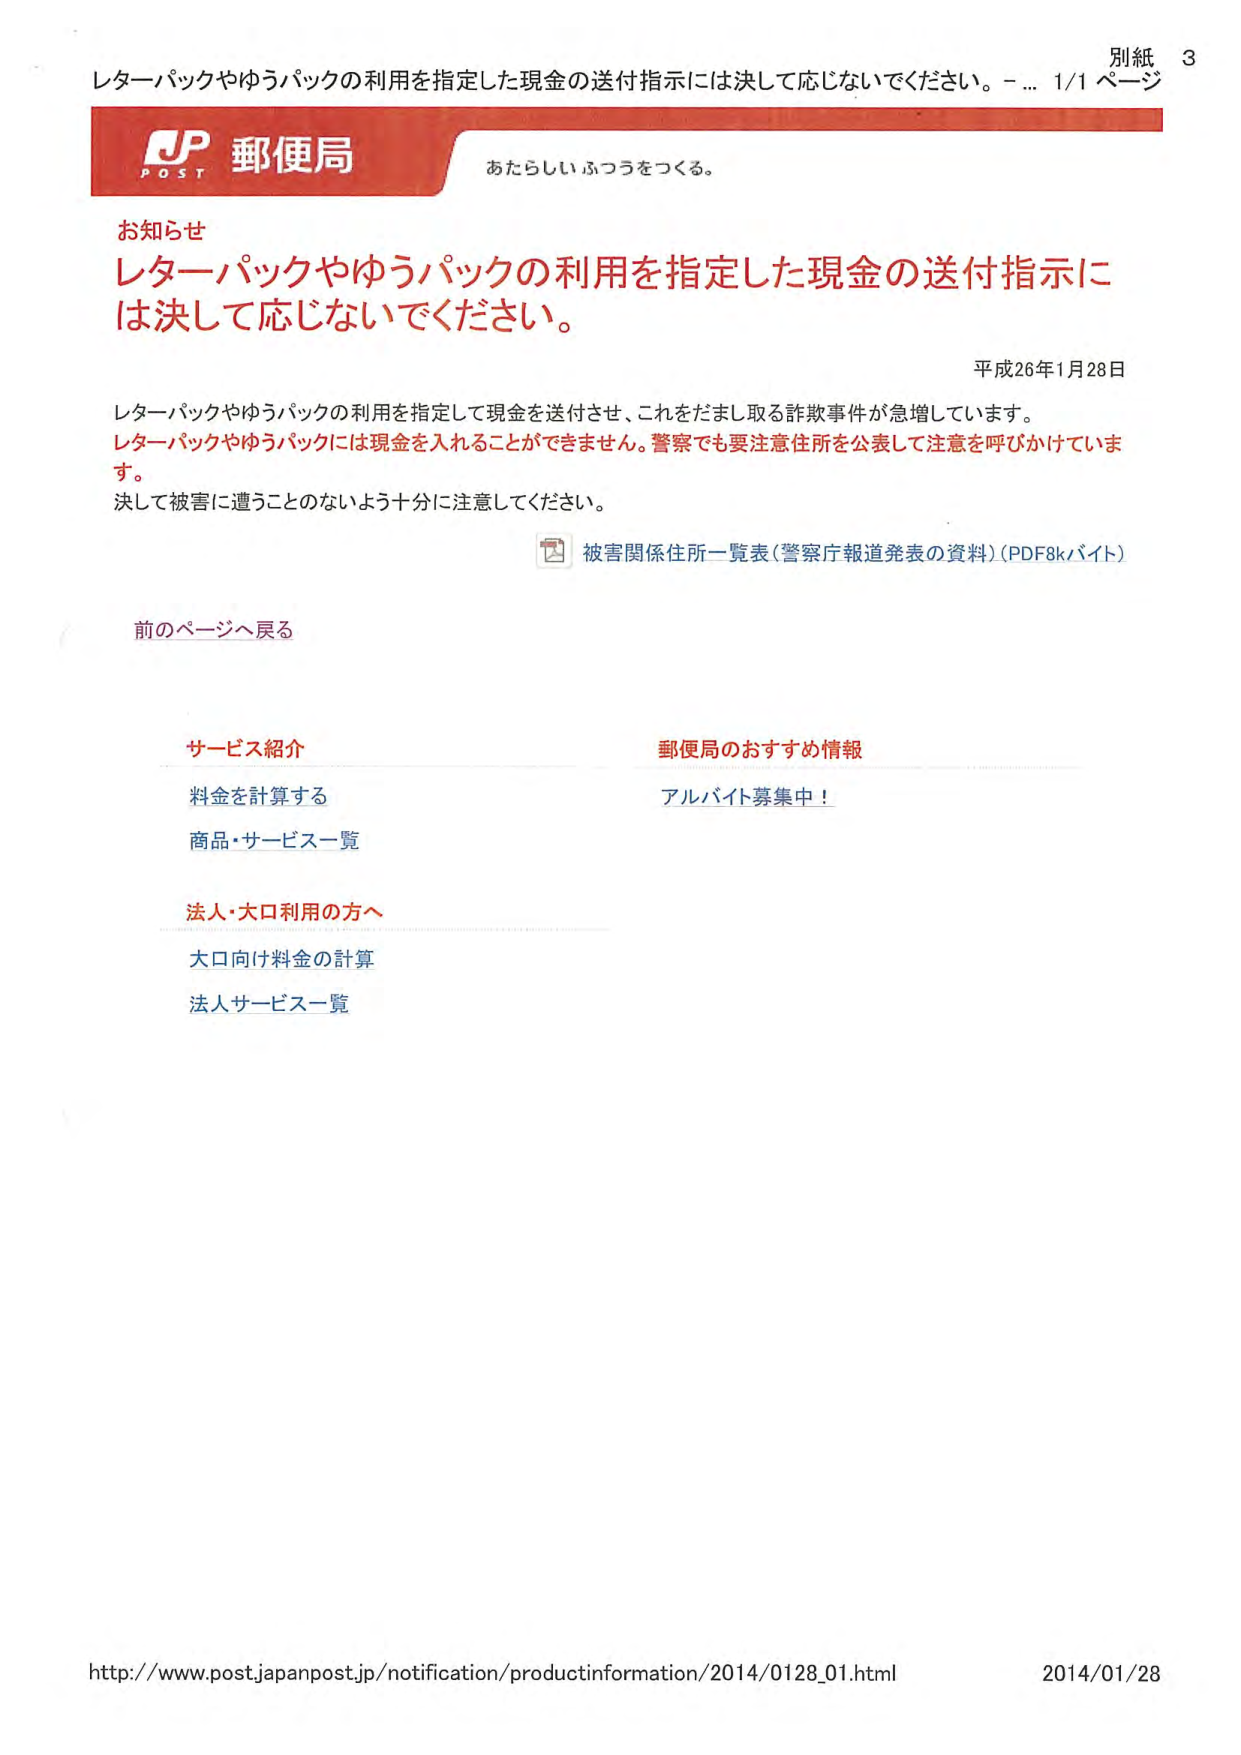
別紙 3
レターパックやゆうパックの利用を指定した現金の送付指示には決して応じないでください。 -... 1/1 ページ

JP
POST 郵便局
あたらしいふつうをつくる。

お知らせ
レターパックやゆうパックの利用を指定した現金の送付指示には決して応じないでください。

平成26年1月28日

レターパックやゆうパックの利用を指定して現金を送付させ、これをだまし取る詐欺事件が急増しています。
レターパックやゆうパックには現金を入れることはできません。警察でも要注意住所を公表して注意を呼びかけています。
決して被害に遭うことのないよう十分に注意してください。

被害関係住所一覧表（警察庁報道発表の資料）（PDF8kバイト）

前のページへ戻る

サービス紹介
料金を計算する
商品・サービス一覧

法人・大口利用の方へ
大口向け料金の計算
法人サービス一覧

郵便局のおすすめ情報
アルバイト募集中！

http://www.post.japanpost.jp/notification/productinformation/2014/0128_01.html
2014/01/28